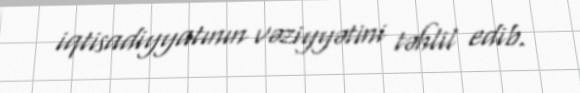
iqtisadiyyatının vəziyyətini təhlil edib.